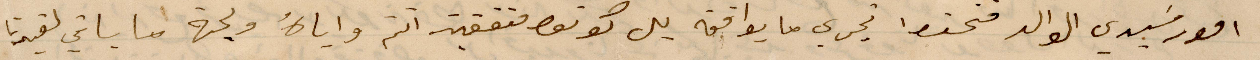
أمور سيدي الوالد متحفظ تجري ما يوافقه بل كونوا متفقين اتم واياه لجهة ما باقي لقيدنا